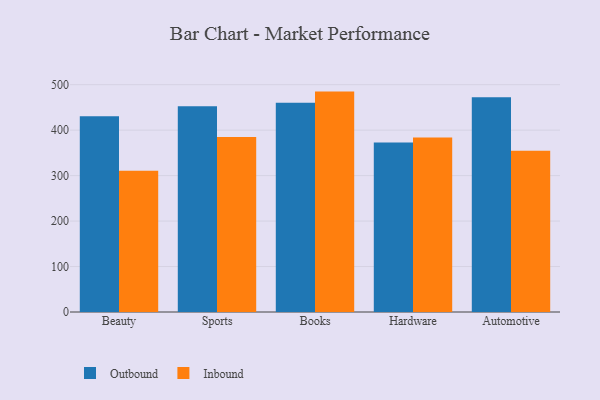
{"axis": {"x": "Category", "y": "Active Users"}, "legend": ["Inbound", "Outbound"], "data": [{"x": "Beauty", "y": 430.5, "type": "Outbound"}, {"x": "Beauty", "y": 310.8, "type": "Inbound"}, {"x": "Sports", "y": 452.4, "type": "Outbound"}, {"x": "Sports", "y": 384.8, "type": "Inbound"}, {"x": "Books", "y": 460.4, "type": "Outbound"}, {"x": "Books", "y": 484.8, "type": "Inbound"}, {"x": "Hardware", "y": 373.1, "type": "Outbound"}, {"x": "Hardware", "y": 383.6, "type": "Inbound"}, {"x": "Automotive", "y": 472.1, "type": "Outbound"}, {"x": "Automotive", "y": 354.6, "type": "Inbound"}]}